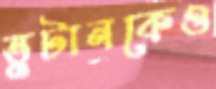
ভুটানকেও